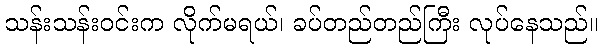
သန်းသန်းဝင်းက လိုက်မရယ်၊ ခပ်တည်တည်ကြီး လုပ်နေသည်။